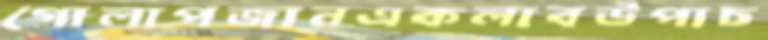
গোলাপজানএকলাবউপাচ